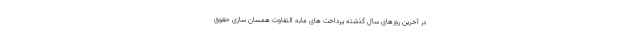
در آخرین روزهای سال گذشته پرداخت های مابه التفاوت همسان سازی حقوق